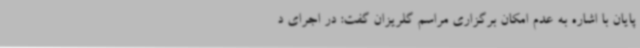
پایان با اشاره به عدم امکان برگزاری مراسم گلریزان گفت: در اجرای د